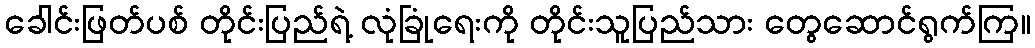
ခေါင်းဖြတ်ပစ် တိုင်းပြည်ရဲ့ လုံခြုံရေးကို တိုင်းသူပြည်သား တွေဆောင်ရွက်ကြ။